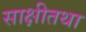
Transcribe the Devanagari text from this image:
साक्षीतथा